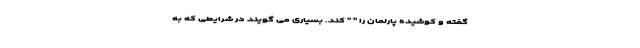
گفته و کوشیده پارلمان را " " کند. بسیاری می گویند در شرایطی که به